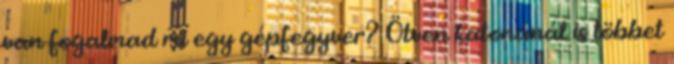
van fogalmad mi egy gépfegyver? Ötven katonánál is többet